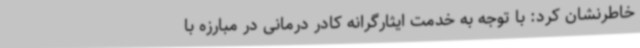
خاطرنشان کرد: با توجه به خدمت ایثارگرانه کادر درمانی در مبارزه با